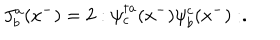
J _ { b } ^ { a } ( x ^ { - } ) = 2 : \psi _ { c } ^ { \dagger a } ( x ^ { - } ) \psi _ { b } ^ { c } ( x ^ { - } ) : .